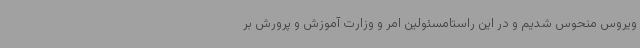
ویروس منحوس شدیم و در این راستامسئولین امر و وزارت آموزش و پرورش بر